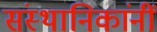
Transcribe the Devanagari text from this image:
संस्थानिकांनीं